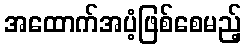
အထောက်အပံ့ဖြစ်စေမည့်